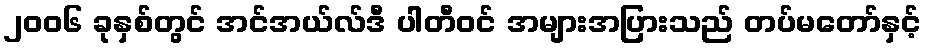
၂၀၀၆ ခုနှစ်တွင် အင်အယ်လ်ဒီ ပါတီဝင် အများအပြားသည် တပ်မတော်နှင့်